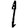
Digit: 1